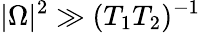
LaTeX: |\Omega|^{2}\gg(T_{1}T_{2})^{-1}